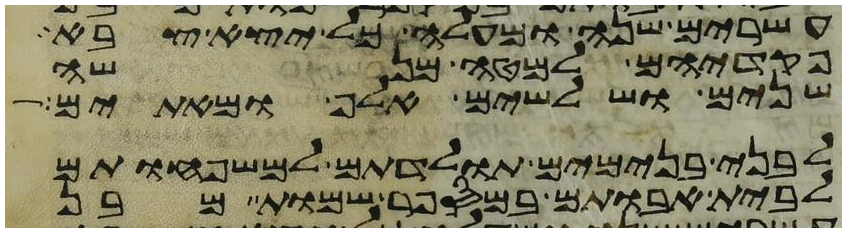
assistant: עשרים שנה ומעלה כל יצא צבא
פקדיהם למטה מנשה
שנים ושלשים אלף ומאתים
לבני בנימים תולדתם למשפחותם
לבית אבותם במספר שמות מבן